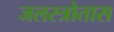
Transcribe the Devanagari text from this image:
जलस्त्रोतास